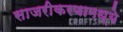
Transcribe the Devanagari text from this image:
साजरीकरणामध्ये